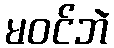
မဝင်ဘဲ